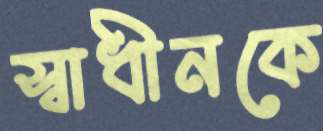
স্বাধীনকে